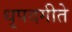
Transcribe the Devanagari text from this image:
धृपदगीते